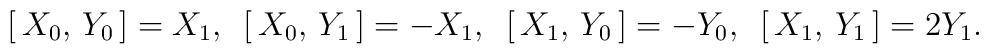
[\,X_{0},\,Y_{0}\,] = X_{1} ,\,\,\,  [\,X_{0},\,Y_{1}\,] = -X_{1} ,\,\,\, [\,X_{1},\,Y_{0}\,] = -Y_{0} ,\,\,\, [\,X_{1},\,Y_{1}\,] = 2Y_{1}.